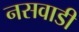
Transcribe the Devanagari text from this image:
नसवाडी